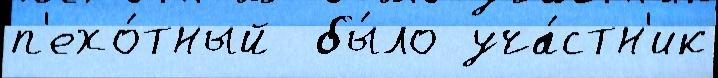
п'ехо́тный  бы́ло уча́стн'ик